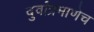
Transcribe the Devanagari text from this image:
दुर्वांप्रमाणेच